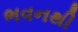
ભવનથી